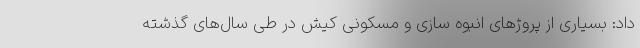
داد: بسیاری از پروژهای انبوه سازی و مسکونی کیش در طی سال‌های گذشته